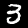
Digit: 3